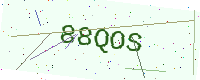
Text: 88QOS